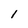
Character: 1